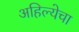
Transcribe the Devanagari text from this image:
अहिल्येचा